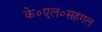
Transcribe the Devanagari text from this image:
के०एल०सहगल